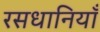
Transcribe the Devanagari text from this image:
रसधानियाँ